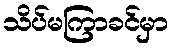
သိပ်မကြာခင်မှာ